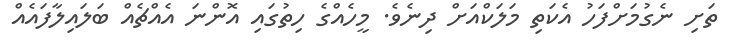
ތަށި ނެގުމަށްފަހު އެކަތި މަލަކްއަށް ދިނެވެ. މީހެއްގެ ހިތުގައި އޮންނަ އެއްޗެއް ބަލައިލާފައެއް